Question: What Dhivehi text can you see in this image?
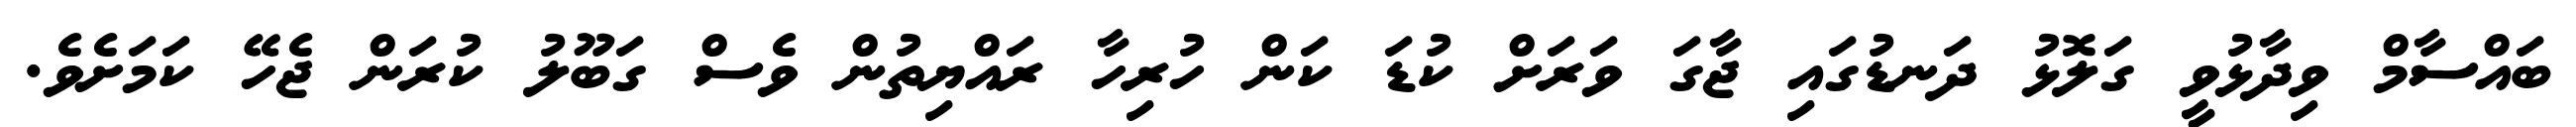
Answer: ބައްސާމް ވިދާޅުވީ ގަލޮޅު ދަނޑުގައި ޖާގަ ވަރަށް ކުޑަ ކަން ހުރިހާ ރައްޔިތުން ވެސް ގަބޫލު ކުރަން ޖެހޭ ކަމަށެވެ.